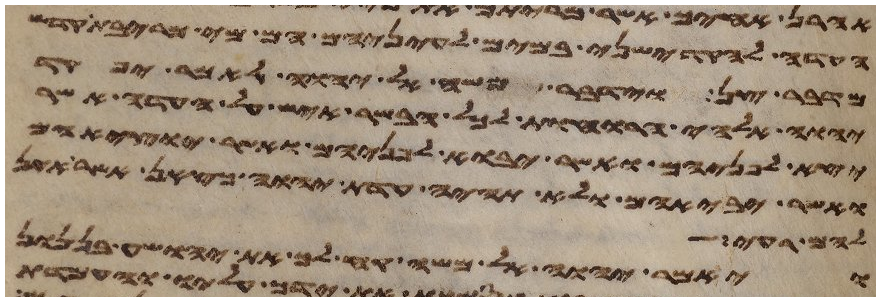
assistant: העדה להקדישני במים לעיניהם הם מי מריבת קדש
מדבר צן וידבר משה אל יהוה לאמר יפקד
יהוה אלהי הרוחות לכל הבשר איש על העדה אשר
יצא לפניהם ואשר יבוא לפניהם ואשר יוציאם
ואשר יביאם ולא תהיה עדת יהוה כצאן אשר אין
הם רעים
ויאמר יהוה אל משה קח לך את יהושע בן